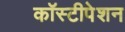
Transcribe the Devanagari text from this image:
कॉस्टीपेशन